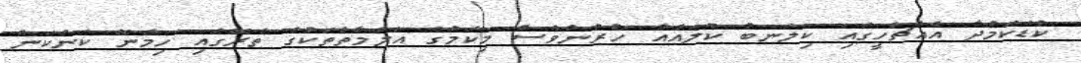
ކުޑަކަމުދާ އެއްޗެހީގައި ކިލަނބު ކުލައެއް ހުރުންވެސް މިކަމުގެ އަލާމާތްތަކުގެ ތެރޭގައި ހިމެނޭ ކަންކަން